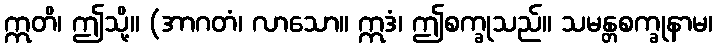
ဣတိ၊ ဤသို့။ (အာဂတံ၊ လာသော။ ဣဒံ၊ ဤစက္ခုသည်။ သမန္တစက္ခုနာမ၊